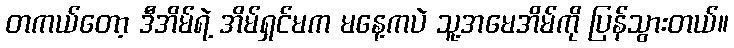
တကယ်တော့ ဒီအိမ်ရဲ့ အိမ်ရှင်မက မနေ့ကပဲ သူ့အမေအိမ်ကို ပြန်သွားတယ်။